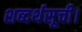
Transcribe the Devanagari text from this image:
शब्दर्थसूची।